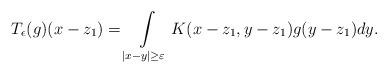
LaTeX: \begin{align*} T_{\epsilon}(g)(x-z_{1})= \int\limits_{|x-y|\geq\varepsilon}K(x-z_{1},y-z_{1})g(y-z_{1})dy. \end{align*}